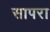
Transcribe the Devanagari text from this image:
सापरा